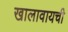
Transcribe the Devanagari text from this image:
खालावायची